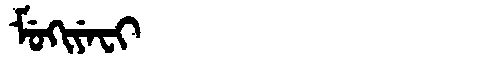
Manchu: ᠮᡠᡴᡳᠶᡝᠸᡳ
Romanization: MUKIYEFI